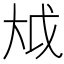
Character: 𫯢